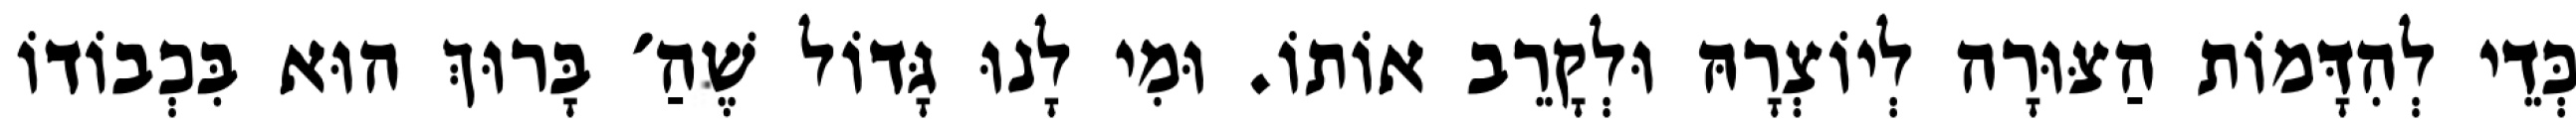
כְּדֵי לְהִדָּמוֹת הַצּוּרָה לְיוֹצְרָהּ וּלְקָרֵב אוֹתוֹ. וּמִי לָנוּ גָּדוֹל שֶׁהַ׳ בָּרוּךְ הוּא בִּכְבוֹדוֹ